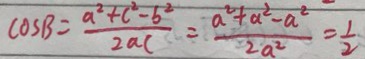
\cos B = \frac { a ^ { 2 } + c ^ { 2 } - b ^ { 2 } } { 2 a c } = \frac { a ^ { 2 } + a ^ { 2 } - a ^ { 2 } } { 2 a ^ { 2 } } = \frac { 1 } { 2 }